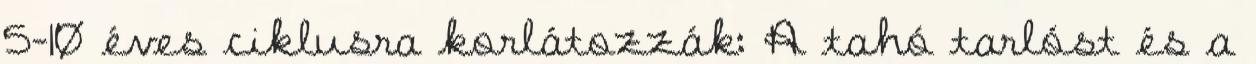
5-10 éves ciklusra korlátozzák: A tahó tarlóst és a